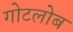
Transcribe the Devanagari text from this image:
गोटलोब